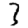
Digit: 3